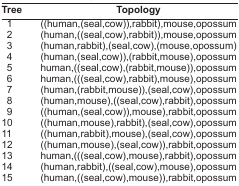
<table><thead><tr><td><b>Tree</b></td><td><b>Topology</b></td></tr></thead><tbody><tr><td>1</td><td>((human,(seal,cow)),rabbit),mouse,opossum</td></tr><tr><td>2</td><td>(human,((seal,cow),rabbit)),mouse,opossum</td></tr><tr><td>3</td><td>(human,rabbit),(seal,cow),(mouse,opossum)</td></tr><tr><td>4</td><td>(human,(seal,cow)),(rabbit,mouse),opossum</td></tr><tr><td>5</td><td>human,((seal,cow),(rabbit,mouse)),opossum</td></tr><tr><td>6</td><td>human,(((seal,cow),rabbit),mouse),opossum</td></tr><tr><td>7</td><td>(human,(rabbit,mouse)),(seal,cow),opossum</td></tr><tr><td>8</td><td>(human,mouse),((seal,cow),rabbit),opossum</td></tr><tr><td>9</td><td>((human,(seal,cow)),mouse),rabbit,opossum</td></tr><tr><td>10</td><td>((human,mouse),rabbit),(seal,cow),opossum</td></tr><tr><td>11</td><td>((human,rabbit),mouse),(seal,cow),opossum</td></tr><tr><td>12</td><td>((human,mouse),(seal,cow)),rabbit,opossum</td></tr><tr><td>13</td><td>human,(((seal,cow),mouse),rabbit),opossum</td></tr><tr><td>14</td><td>(human,rabbit),((seal,cow),mouse),opossum</td></tr><tr><td>15</td><td>(human,((seal,cow),mouse)),rabbit,opossum</td></tr></tbody></table>